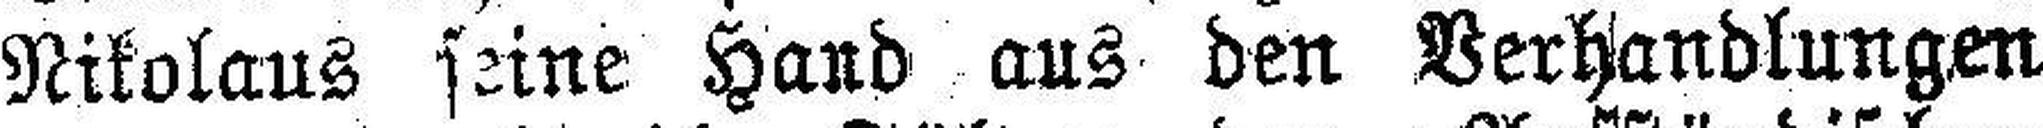
Nikolaus seine Hand aus den Verhandlungen